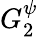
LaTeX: G_{2}^{\psi}